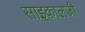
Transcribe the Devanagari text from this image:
साइकालजी